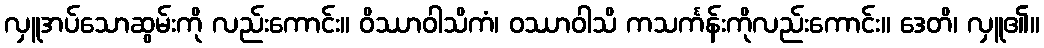
လှူအပ်သောဆွမ်းကို လည်းကောင်း။ ဝိဿာဝါသိကံ၊ ဝဿာဝါသိ ကသင်္ကန်းကိုလည်းကောင်း။ ဒေတိ၊ လှူ၏။